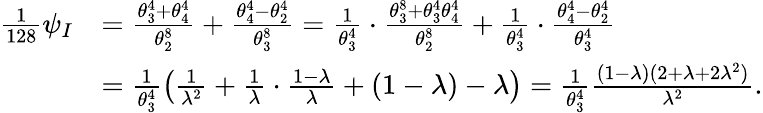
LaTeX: \begin{array}{rl}{\frac{1}{128}\psi_{I}}&{=\frac{\theta_{3}^{4}+\theta_{4}^{4}}{\theta_{2}^{8}}+\frac{\theta_{4}^{4}-\theta_{2}^{4}}{\theta_{3}^{8}}=\frac{1}{\theta_{3}^{4}}\cdot\frac{\theta_{3}^{8}+\theta_{3}^{4}\theta_{4}^{4}}{\theta_{2}^{8}}+\frac{1}{\theta_{3}^{4}}\cdot\frac{\theta_{4}^{4}-\theta_{2}^{4}}{\theta_{3}^{4}}}\\ &{=\frac{1}{\theta_{3}^{4}}\left(\frac{1}{\lambda^{2}}+\frac{1}{\lambda}\cdot\frac{1-\lambda}{\lambda}+(1-\lambda)-\lambda\right)=\frac{1}{\theta_{3}^{4}}\frac{(1-\lambda)(2+\lambda+2\lambda^{2})}{\lambda^{2}}.}\end{array}